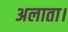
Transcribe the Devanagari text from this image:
अलाता।